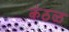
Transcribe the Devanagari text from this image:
कंठळ